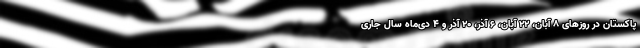
پاکستان در روزهای ۸ آبان، ۲۲ آبان، ۶ آذر، ۲۰ آذر و ۴ دی‌ماه سال جاری